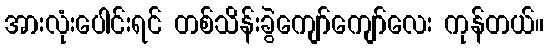
အားလုံးပေါင်းရင် တစ်သိန်းခွဲကျော်ကျော်လေး ကုန်တယ်။